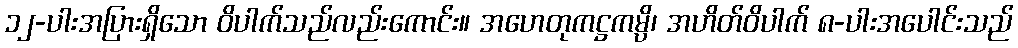
၁၂-ပါးအပြားရှိသော ဝိပါက်သည်လည်းကောင်း။ အဟေတုကဋ္ဌကမ္ပိ၊ အဟိတ်ဝိပါက် ၈-ပါးအပေါင်းသည်